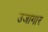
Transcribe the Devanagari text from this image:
उजागार